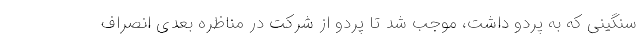
سنگینی که به پردو داشت، موجب شد تا پردو از شرکت در مناظره بعدی انصراف